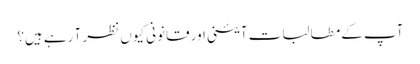
آپ کے مطالبات آئینی اور قانونی کیوں نظر آ رہے ہیں؟